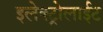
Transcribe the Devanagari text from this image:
इलेक्ट्रोलाईट